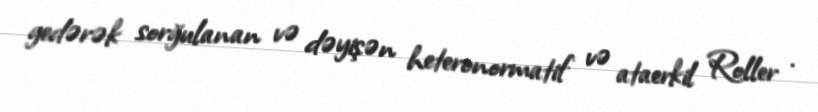
gedərək sorğulanan və dəyişən heteronormatif və ataerkil Roller .